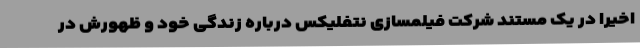
اخیرا در یک مستند شرکت فیلمسازی نتفلیکس درباره زندگی خود و ظهورش در